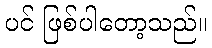
ပင် ဖြစ်ပါတော့သည်။